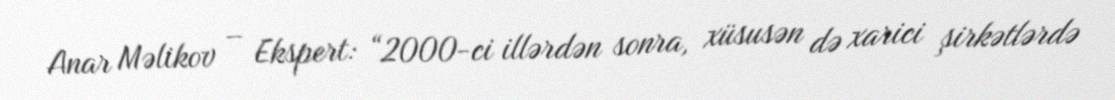
Anar Məlikov – Ekspert: “2000-ci illərdən sonra, xüsusən də xarici şirkətlərdə